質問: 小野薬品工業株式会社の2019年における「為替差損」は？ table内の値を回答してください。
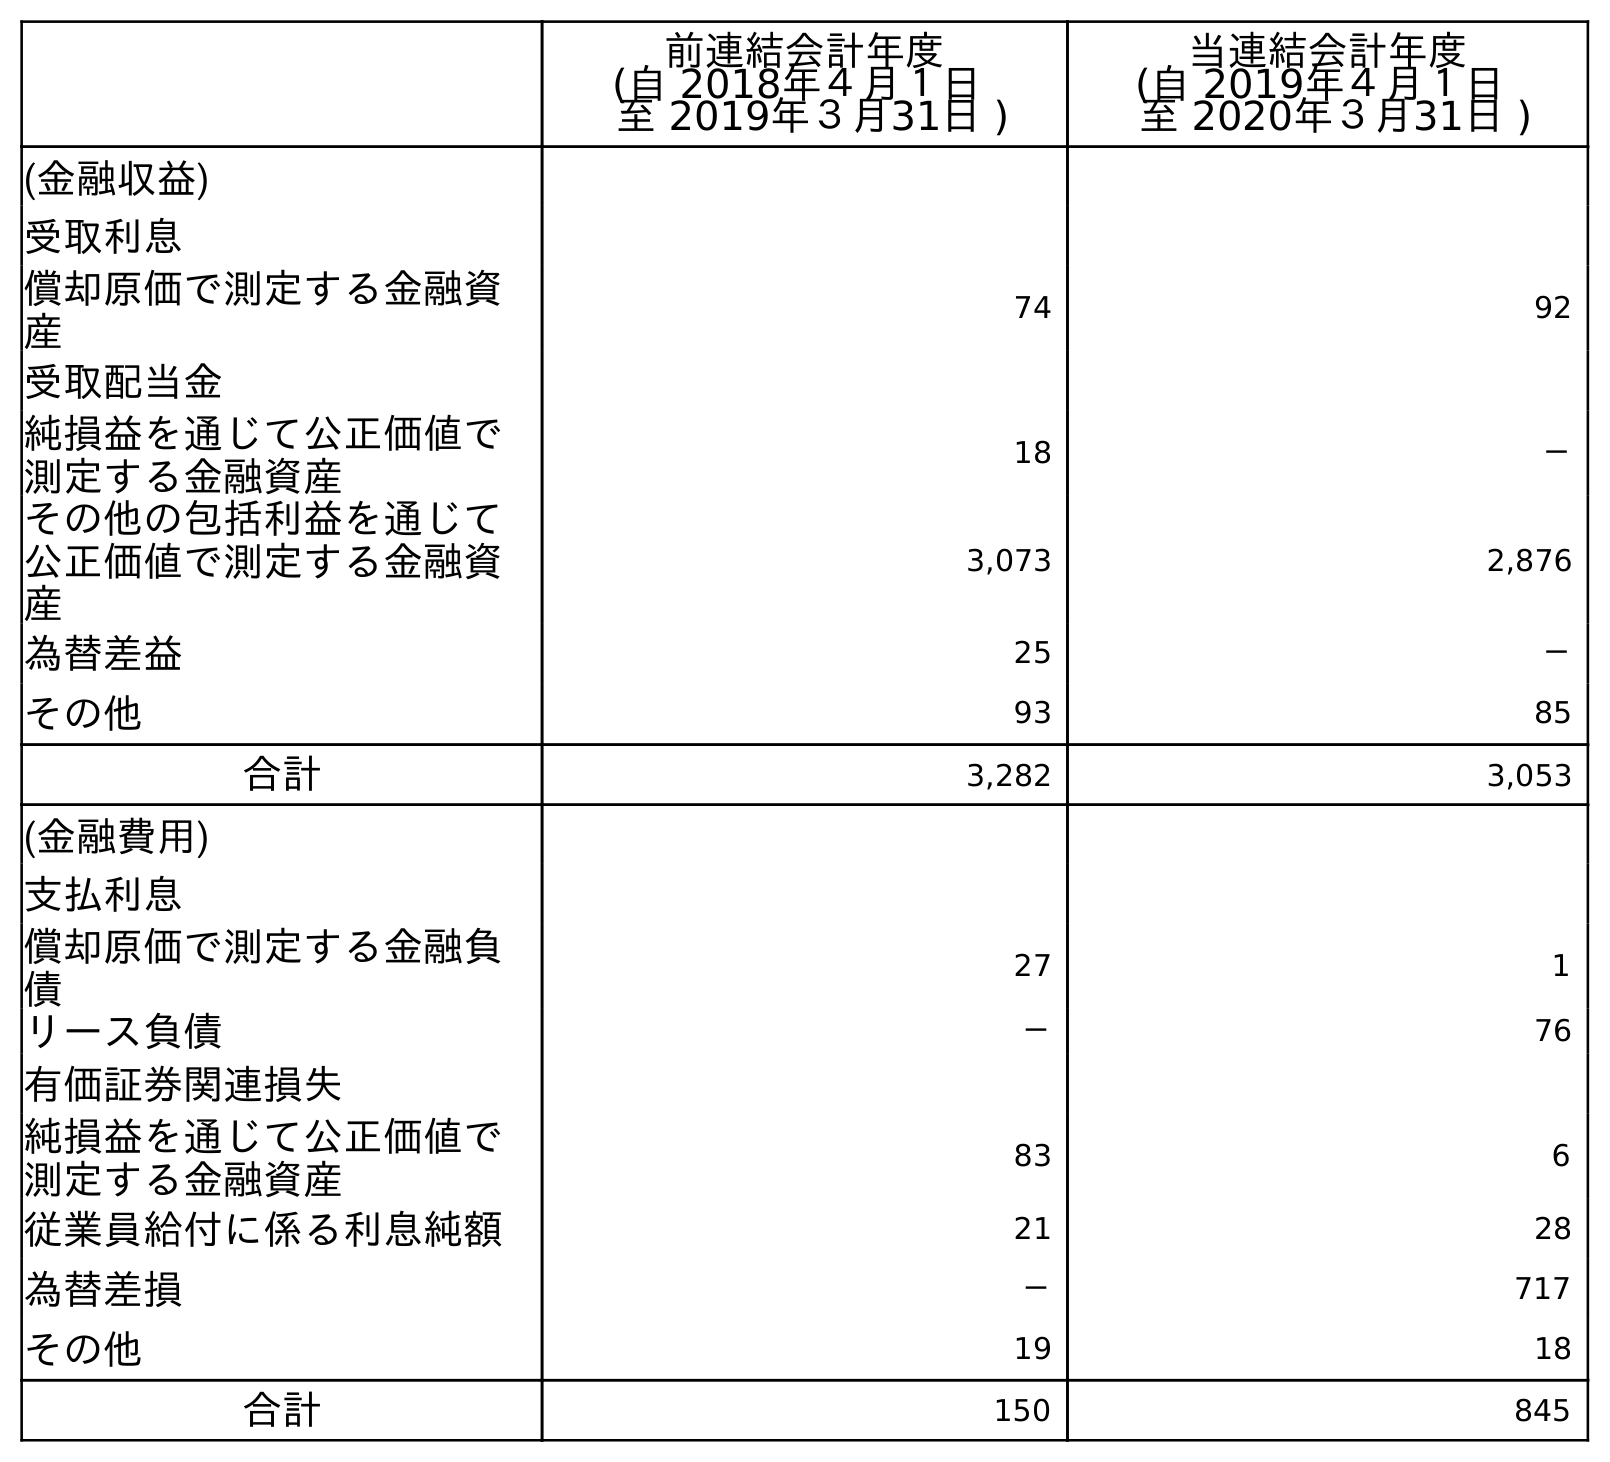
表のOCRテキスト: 前連結会計年度 (自 2018年４月１日 至 2019年３月31日 ) 当連結会計年度 (自 2019年４月１日 至 2020年３月31日 ) (金融収益) 受取利息 償却原価で測定する金融資 産 74 92 受取配当金 純損益を通じて公正価値で 測定する金融資産 18 － その他の包括利益を通じて 公正価値で測定する金融資 産 3,073 2,876 為替差益 25 － その他 93 85 合計 3,282 3,053 (金融費用) 支払利息 償却原価で測定する金融負 債 27 1 リース負債 － 76 有価証券関連損失 純損益を通じて公正価値で 測定する金融資産 83 6 従業員給付に係る利息純額 21 28 為替差損 － 717 その他 19 18 合計 150 845
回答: －